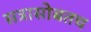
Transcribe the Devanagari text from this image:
सत्रासोबतच